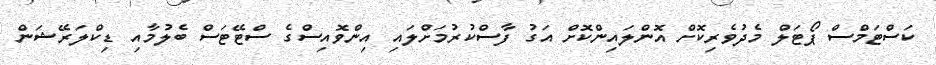
ކަސްޓަމްސް ޕޯޓަލް މެދުވެރިކޮށް އޮންލައިންކޮށް އަގު ފާސްކުރުމަށްލައި އިންވޮއިސްގެ ސްޓޭޓަސް ބެލުމާއި ޑިކްލަރޭޝަން